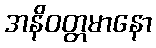
အနိဝတ္တမာနော